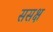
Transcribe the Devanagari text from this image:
ससक्ष